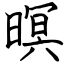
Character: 暝